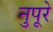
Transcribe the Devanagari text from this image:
नुपूरे